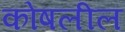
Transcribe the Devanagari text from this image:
कोषलील